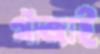
গাঁজাই